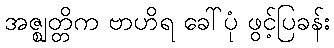
အဇ္ဈတ္တိက ဗာဟိရ ခေါ်ပုံ ဖွင့်ပြခန်း